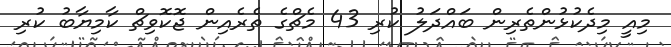
މިއީ މިދެކުޅުންތެރިން ބައްދަލު ކުރި 43 މެޗްގެ ތެރެއިން ޖޮކޮވިޗް ކާމިޔާބު ކުރި